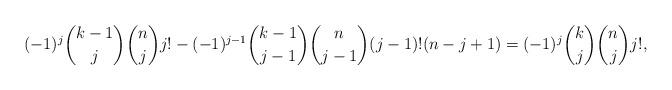
LaTeX: \begin{align*}(-1)^{j}{{k-1}\choose {j}}{{n}\choose {j}} j!-(-1)^{j-1}{{k-1}\choose {j-1}}{{n}\choose {j-1}} (j-1)! (n-j+1)=(-1)^{j}{{k}\choose {j}}{{n}\choose {j}} j!,\end{align*}